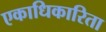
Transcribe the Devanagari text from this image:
एकाधिकारिता